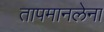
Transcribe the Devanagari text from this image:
तापमानलेना